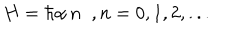
LaTeX: H = \hbar \alpha \, n \; \; , n = 0 , 1 , 2 , . . .